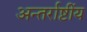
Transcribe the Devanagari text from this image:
अन्तर्राष्टींय